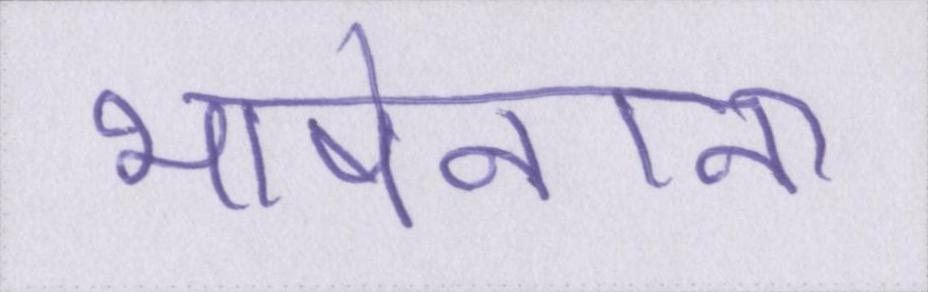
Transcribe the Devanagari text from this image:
भाषेनाना